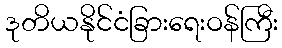
ဒုတိယနိုင်ငံခြားရေးဝန်ကြီး